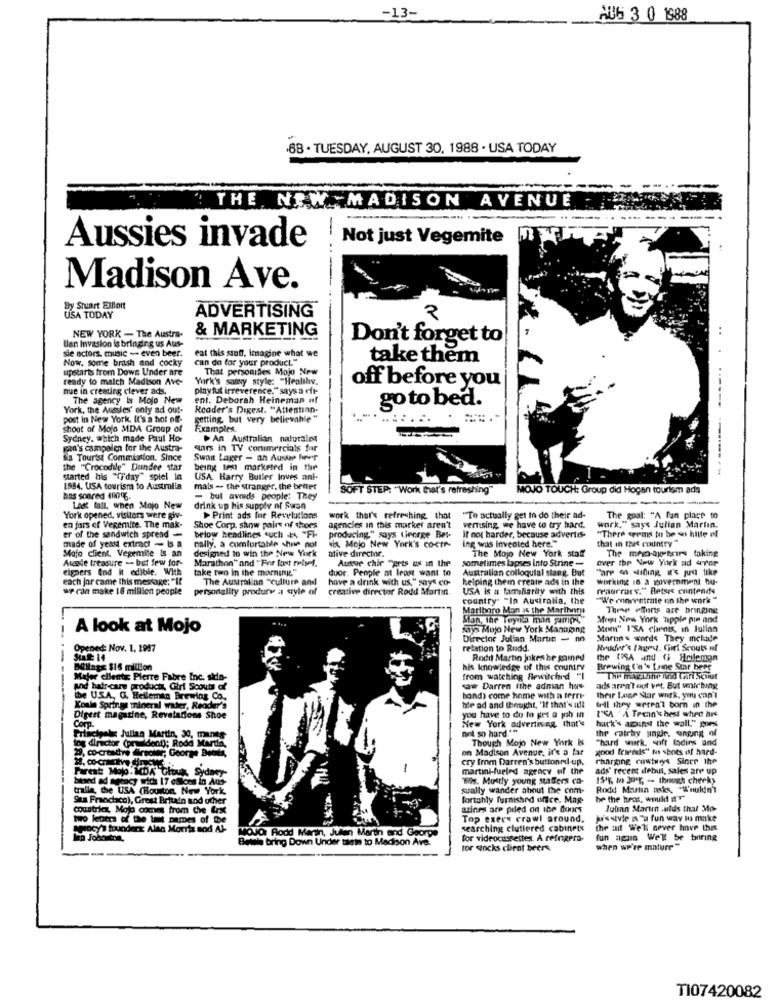
-13-
AUG 3 0 1988
-68 . TUESDAY, AUGUST 30, 1988 · USA TODAY
P =.==
THE NEW -MADISON AVENUE
----- --- ---.
-
Not just Vegemite
Aussies invade
Madison Ave.
By Stuart Elliott
ADVERTISING
2
USA TODAY
& MARKETING
Ulan Invasion is bringing us Aus-
NEW YORK - The Austra-
Don't forget to
eat this stuff. Imagine what we
sie actors, music - even beer.
Now. some brish and cocky
can do for your product."
take them
upstarts from Down Under are
That personifies Mojo New
ready to match Madison Ave-
York's sassy style: "Healthv.
off before you
nue in creating clever ads.
play fut irreverence." says o dfr-
The agency is Mojo New
ent. Deborah Heineman nf
York, the Aussles' only ad out-
Reader's Digest. "Attentinn-
go to bed.
post in New York. It's a hot off-
getting, but very believable "
shoot of Mojo MDA Group of
Examples
Sydney, which made Paul Ho-
> An Australian naturales
pan's campalen for the Austra-
enrs in TV conimercials for
sa Tourist Commission. Since
Swan Lager - an Auswe hver
the "Crocodile" Dundee star
being tes marketed in the
--
started his "friday" spiel in
USA. Harry Butler Inves anl.
1884. USA tourism to Australia
mals - the stranger, the better
SOFT STEP: "Work that's refreshing"
MOJO TOUCH: Group did Hogan tourism ads
aos scored 400%.
- bul avoids people: They
Last fall. when Mojo New
drink up his supply of Ston
York opened, visitors were giv-
> Print ads for Revelations
work that's refreshing that
"To actually get to do their ad-
work."says Julian Martın.
The goal: "A fan place to
en fors of Vegemite. The mak-
Shoe Corp. show pairs of shoes
agencies in this marker aren't
vertising, we have to try hard.
"There seems to be so hitte of
er of the sandwich spread -
cally. a comfortable shue not
below headlines cuchi ., "Fi-
producing." says tinorge Bet-
vix Mojo New York's coctr-
If not harder, because advertis-
Ing was invented here."
made of year extract - Is a
Stafo client. Vegemite Is an
designed to win the New York
ative director.
The Mojo New York staff
that in that country"
The mepo-apones taking
Ausle treasure - but few for-
Marathon" and "For fast relief.
Aussie chir "gets us in the
sometimes lapses into Strine -
over the New York ad aver
eigners And it edible. With
take two in the morning"
duor. People at least want to
Australian colloquial slang. But
"are oo difling it's just like
each jor came this message: "It
The Australian "culture and
have a drink with us," says co-
helping them create ads in the
working in a government hu-
we con make 18 million people
personality produre a style of
creative director Rodd Martin
USA is a familiarity with this
reagrrace." Retours contendo
country" "In Australia, the
"We enerentrate on the work "
Marlboro Man is the Marihnru
Thene efforts are bringing
Stan, The Toyota mon samipa,"
Migi New York 'Tapple pie and
A look at Mojo
Says Mojo New York Managing
Mom" I'SA chenis, in Julian
Director Julian Martin - no
Marin's words They include
Opened: Nov. 1. 1987
relation to Rudd.
Bruder's fard. Girl Scouts nf
SLADE 14
Rodd Martin jokes he gamed
The USA and ( Hcilemon
Delings $16 million
his knowledge of this country
Brewing ('n's tume Star beer
Major cliente Pierre Fabre Inc. skin-
from watching Bewitched "I
and hair-care products, Girl Scouts of
saw Darren fthe adman hus
ads aren't out vot. But whiching
the USA, G. Hellemin Brewing Co.
bond) come home with a terri-
Their Lage Star work, you can't
Koule Springs mineral water, Reader's
ble ad and thought, "If that's all
I'SA 'A Texan's best when ars
till they weren't born in the
Digest magazine, Revelations Shoe
you have to do to get a job in
hack' against the wall" pues
Corp.
New York advertising that's
not so hard **
the catrhy single. anging of
------------
Principale Julian Martin, 30, manns-
Though Mojo New York Is
"hard work. sofr fodins and
20, co-creative firsolar; George Betta,
log director (president); Rodd Marta,
on Madison Avenue, it's a far
good friends" mo shots of hard-
cry from Darren's buttonrd-up.
charging cuwtwrys Since the
Farest Mojo. MDA Gious, Sydney-
-
martini-fueled agency of the
ads' recent debut, sales are up
based ad agency with 17 osloes in Aus-
Ths. Mostly young staffers co-
15'% in Jar, - though cheeky
tralla, the USA (Houston, New York
sually wander about the com-
Rodd Martin asks, Wouldn't
Su Fraochco), Great Britain and other
fortahly furnished office. Mag-
be the heos, would n""
countries, Mojo comes from the first
azines are piled on the doors
Julian Marim aids thal Mo-
two keotrs of the last names of the
Top exers crawl around.
ju'sstyle n"a fun way in make
percy's founderx: Alan Morris sod Al-
MOJO Rodd Martin, Julen Martin and George
searching cluttered cabinets
the ad We'll never have this
Bewis bring Down Under taste to Madison Ave.
for videocassettes. A refrigera-
fun again We'll be boring
tor Qocks client beers
when we're mature "
TI07420082